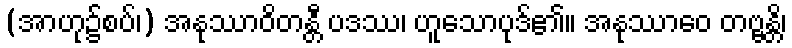
(အာဟု၌စပ်၊) အနုဿာဝိတန္တီ ပဒဿ၊ ဟူသောပုဒ်၏။ အနုဿာဝေ တဗ္ဗန္တိ၊